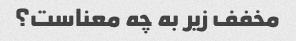
مخفف زیر به چه معناست؟